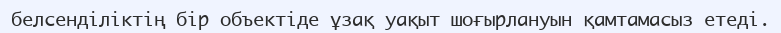
белсенділіктің бір объектіде ұзақ уақыт шоғырлануын қамтамасыз етеді.